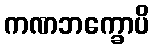
ကဏဘက္ခောပိ